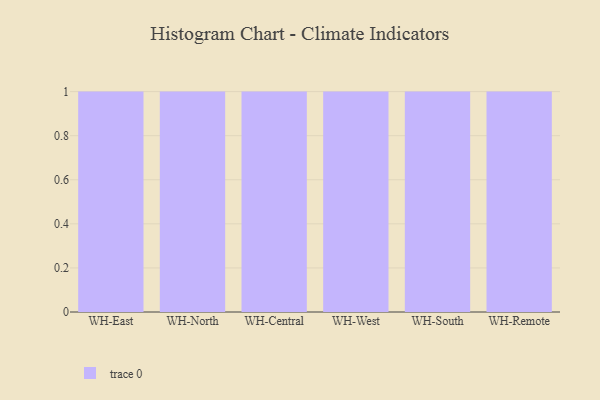
{"axis": {"x": "Warehouse", "y": "Energy Usage (MWh)"}, "legend": [""], "data": [{"x": "WH-East", "y": 54, "type": ""}, {"x": "WH-North", "y": 46, "type": ""}, {"x": "WH-Central", "y": 62, "type": ""}, {"x": "WH-West", "y": 100, "type": ""}, {"x": "WH-South", "y": 88, "type": ""}, {"x": "WH-Remote", "y": 47, "type": ""}]}